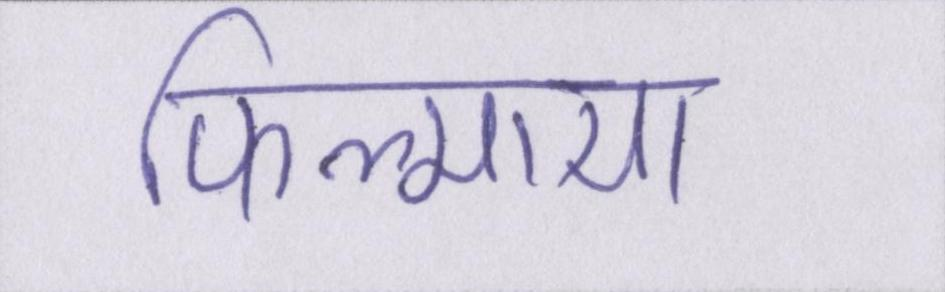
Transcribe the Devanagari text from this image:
फिल्माया